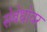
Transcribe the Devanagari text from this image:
स॓ब॓धा॓वर